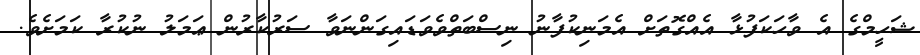
ޝަހީމްގެ އެ ވާހަކަފުޅާ އެއްގޮތަށް އެމަނިކުފާނު ނިސްބަތްވެވަޑައިގަންނަވާ ސަރުކާރުން ޢަމަލު ނުކުރާ ކަމަށެވެ.